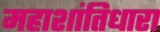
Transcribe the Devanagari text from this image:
महाशांतिधारा